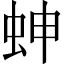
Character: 𧊋